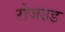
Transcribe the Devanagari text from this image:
रोजउड